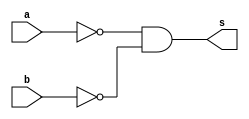
// Giselle Caroline Vieira

module exercicioNOR (s,a,b);

output s;
input a,b;
wire t1,t2;

nand nand1 (t1,a);
nand nand2 (t2,b);


assign s = ~(~(t1&t2));
 



endmodule // fim exercicio OR

module testenor;



reg a,b;
wire s;
exercicioNOR nor1 (s,a,b);

 initial begin
      $display("\Exercicio 04\n");
      $display("NOR usando apenas NAND\n");
      $display("\n~(a | b) = s\n");
      $monitor("~(%b | %b) = %b", a, b, s);
  
	     a=0; b=0;
    #1  a=0; b=1; 
    #1  a=1; b=0;
    #1  a=1; b=1; 
  
 end
 
endmodule // fim testeor